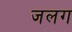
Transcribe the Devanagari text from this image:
जलग